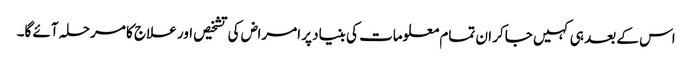
اس کے بعد ہی کہیں جاکر ان تمام معلومات کی بنیاد پر امراض کی تشخیص اور علاج کا مرحلہ آئے گا۔